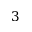
3